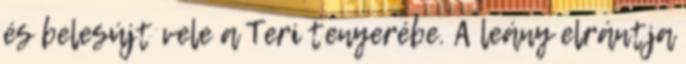
és belesújt vele a Teri tenyerébe. A leány elrántja